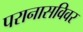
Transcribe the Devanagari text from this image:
परानासविवर